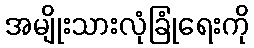
အမျိုးသားလုံခြုံရေးကို